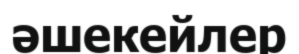
әшекейлер